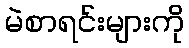
မဲစာရင်းများကို